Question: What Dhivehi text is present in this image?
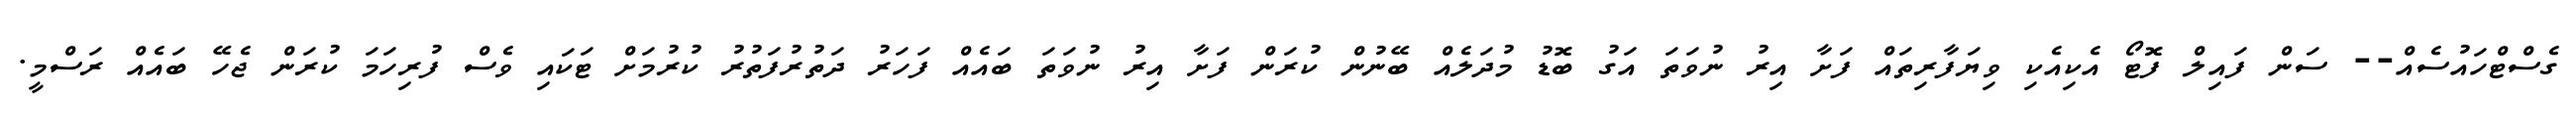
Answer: ގެސްޓްހައުސެއް-- ސަން ފައިލް ފޮޓޯ އެކިއެކި ވިޔަފާރިތައް ފަށާ އިރު ނުވަތަ އަގު ބޮޑު މުދަލެއް ބޭނުން ކުރަން ފަށާ އިރު ނުވަތަ ބައެއް ފަހަރު ދަތުރުފަތުރު ކުރުމަށް ޓަކައި ވެސް ފުރިހަމަ ކުރަން ޖެހޭ ބައެއް ރަސްމީ.